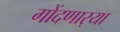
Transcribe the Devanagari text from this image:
गोंदणार्‍या